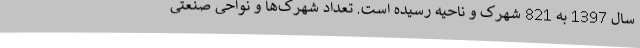
سال 1397 به 821 شهرک و ناحیه رسیده است. تعداد شهرک‌ها و نواحی صنعتی